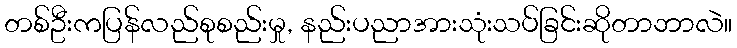
တစ်ဦးကပြန်လည်စုစည်းမှု, နည်းပညာအားသုံးသပ်ခြင်းဆိုတာဘာလဲ။